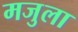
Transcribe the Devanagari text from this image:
मजुला